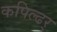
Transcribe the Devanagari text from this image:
कपिल्ढर्